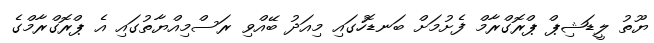
ޔޫތު ލީޑަޝިޕް ޕްރޮގްރާމް ފެށުމަށް ބަނޑޮހުގައި މިއަދު ބޭއްވި ރަސްމިއްޔާތުގައި އެ ޕްރޮގްރާމްގެ